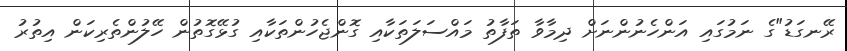
ރޭނގަޑު"ގެ ނަމުގައި އަންހެނުންނަށް ދިމާވާ ތަފާތު މައްސަލަތަކާއި ގޮންޖެހުންތަކާއި ގުޅޭގޮތުން ހޭލުންތެރިކަން އިތުރު